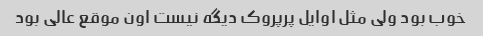
خوب بود ولی مثل اوایل پرپروک دیگه نیست اون موقع عالی بود